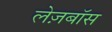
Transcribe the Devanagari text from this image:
लेज़बॉस